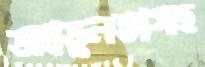
অপ্রতুলতাসহ